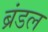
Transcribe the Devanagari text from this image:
ब्रंडल